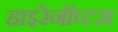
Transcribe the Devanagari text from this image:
हाइरेनॉप्टरा